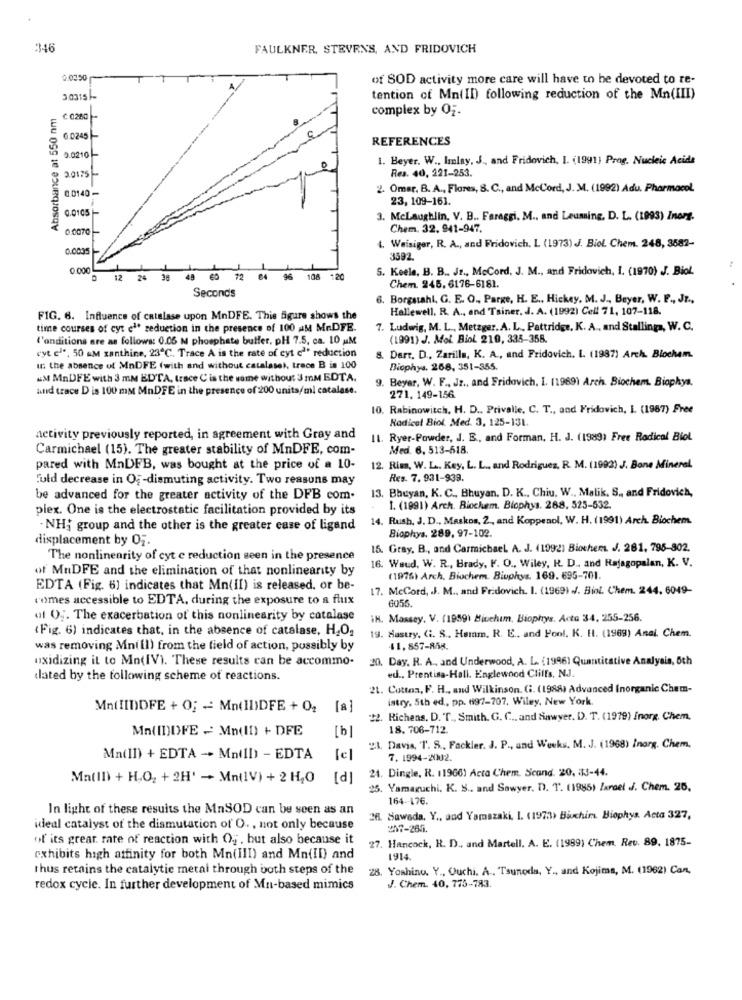
346
FAULKNER, STEVENS, AND FRIDOVICH
0.0350
of SOD activity more care will have to be devoted to re-
3.0315-
tention of Mn(II) following reduction of the Mn(III)
Absorbance at 550 nm
complex by OF-
€ 0280 -
6.0245
REFERENCES
9.0210 -
1. Beyer. W ., Imlay, J ., and Fridovich, I. (1991) Prog. Nucleic Acids
Res. 40, 221-253.
3.0175 -
0.0140 -
2. Omer, B. A ., Flores, S. C ., and McCord, J. M. (1992) Adu. Pharmacol.
23, 109-161.
0.0105 |-
3. Mclaughlin, V. B .. Faragri. M ., and Leuning, D. L. (1993) Inorg.
0.0070
Chem. 32. 941-947.
0.0035
t. Weisiger, R. A ., and Fridovich, L (1973) J. Biol Chem. 248, 3582-
3592.
0.000
S. Keele, B. B ., Jr ., McCord, J. M ., and Fridovich, I. (1970) J. Biol.
D 12 24
38 48 60
72 04 96 108 120
Seconds
Chem. 245, 6176-6181
6. Borgstahl, G. E. O ., Parge, H. E ., Hickey. M. J ., Beyer, W. F ., Jr .,
Hallewell. R. A ., and Tainer. J. A. (1992) Cell 71, 107-118.
FIG. 6. Influence of catalase upon MnDFE. This figure shows the
time courses of cyt el reduction in the presence of 100 AM MADFE.
7. Ludwig, M. L ., Metzger. A. L ., Pattridge, K. A ., and Stallings, W. C.
l'onditions are as follows: 0.05 M phosphate buffer, pH 7.5, ca. 10 uM
(1991) J. Mol. Biol 210, 335-358.
cyt cl", 50 MM xanthine, 23℃. Trace A is the rate of cyt cl reduction
8. Derr. D ., Zarilla, K. A ., and Fridovich. I. (1987) Arch. Biochem.
I: the absence of MnDFE (with and without catalase), trace B is 100
Biophys. 268, 351-355.
"M MnDFE with 3 mM ED'TA, trace C is the wame without 3 mM EDTA.
9.
Beyer, W. F ., Jz ., and Fridovich, I. (1969) Arch. Biochem. Biophys.
and trace D is 100 mMt MnDFE in the presence of 200 units/ml catalase.
271. 149-156
10. Rabinowitch, H. D ., Privalle, C. T ., and Fridovich, I. (1987) Free
Radical Biol. Med. 3, 125-131.
activity previously reported, in agreement with Gray and
11. Ryer-Powder, J. B, and Forman, H. J. (1989) Free Radical Biol
Carmichael (15). The greater stability of MnDFE, com-
Med. 6. 513-518
pared with MnDFB, was bought at the price of a 10-
12. Ris, W. L. Key, L. L ., and Rodrigues, R. M. (1992) J. Bone Mineral
Fuld decrease in OF-dismuting activity. Two reasons may
Res. 7. 931-939.
13. Bheyan, K. C ., Bhuyan. D. K ., Chiu. W ., Malik, S ., and Fridovich,
be advanced for the greater activity of the DFB com-
piex. One is the electrostatic facilitation provided by its
1. (1991) Arch. Biochem. Biophys. 288, 525-532.
14. Rush, J. D ., Maskos, 2, and Koppenol, W. H. (1991) Arch. Biochem.
- NH; group and the other is the greater case of ligand
displacement by Of.
Biophys. 289, 97-102.
15. Gray, B ., and Carmichael A. J. (1992) Biochems. J. 281, 796-802.
The nonlinearity of cyt c reduction seen in the presence
16. Weud. W. R ., Brady, F. O ., Wiley, R. D ., and Rajagopalan, K. V.
of MuDFE and the elimination of that nonlinearity by
(1976) Arch. Biochem. Biophys. 169. 695-701.
EDTA (Fig. 6) indicates that Mn(II) is released, or be-
17. McCord, J. M ., and Fradovich. I. (19691 -/. Bint. Chem. 244, 6049-
comes accessible to EDTA, during the exposure to a flux
6056.
of OF. The exacerbation of this nonlinearity by catalase
IN. Massey. V. (1959) Biochem, Biophys. Acta 34, 255-256.
(Fig. 6) indicates that, in the absence of catalase, H,O,
19. Hastry, Ci. S ., Hamm. R. E .. and Pool, K. H. (1969) Anal. Chem.
was removing Mnill) from the field of action, possibly by
11,857-858.
oxidizing it to Mo(IV). These results can be accommo-
20. Day. R. A ., and Underwood, A. L. (1996) Quantitative Analysis, 6th
dated by the following scheme of reactions.
ed ., Prentiss-Hall. Englewood Cliffs, N.J.
21. Cottoa, F. H ., and Wilkinson. G. (1988) Advanced Inorganic Chem-
istry, 5th ed ., pp. 6997-707. Wiley, New York
Mn(IIDDFE + O; - Mn(II)DFE + O2
[ 8]
"22. Richens, D. T ., Smith. G. C .. and sawyer. D. T. (1979) Inorg. Chem.
Ma( II)DFE - Mn(II) + DFE
18. 706-712.
21. Davis, T. S ., Fackler. J. P ., und Weeks. M. J. (1968) Inorg. Chem.
Mn(II) + EDTA - MailI) - EDTA
7,1994-2002.
PI
24. Dingle, R. 11966) Acta Chem. Scand. 20, 33-44.
Ma(Il) + H.O2 + 2H' - Mn(IV) + 2 H,O
25. Yamaguchi. K. S .. and Sawyer. D. T. (1985) larael J. Chem. 25,
164 -- 176.
In light of these results the MnSOD can be seen as an
26. Sawada. Y ., and Yamazaki. I. (1973> Biuchim. Biophys. Acta 327,
ideal catalyst of the dismutation of O ., not only because
207-265.
of its great. rate of reaction with 0 ;. but also because it
27. Hancock, R. D ., and Martell. A. E. (1999) Chem. Rev. 89, 1875-
exhibits high affinity for both Mn(III) and Mn(II) and
1914.
thus retains the catalytic metal through both steps of the
28. Yoshino. Y ., Ouchi. A ., Tsunoda, Y ., and Kojima, M. (1962) Can,
redox cycle. In further development of Mn-based mimics
J. Chem. 40, 775-783.